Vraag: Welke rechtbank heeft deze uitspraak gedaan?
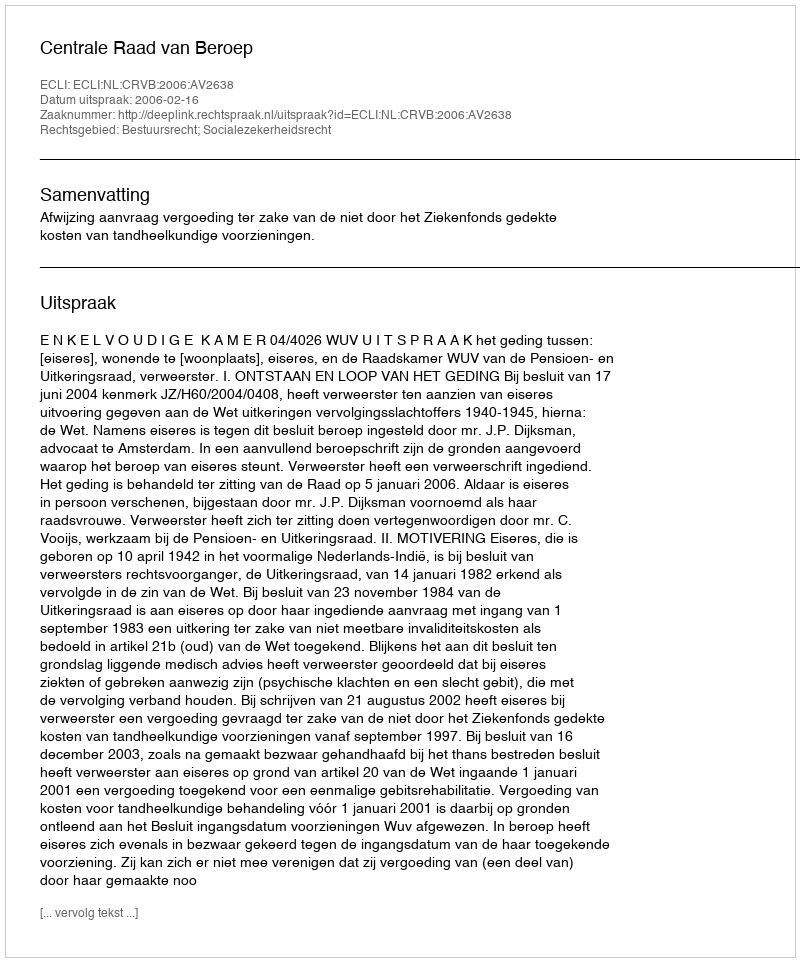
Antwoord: Centrale Raad van Beroep